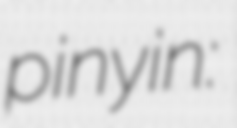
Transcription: pinyin: